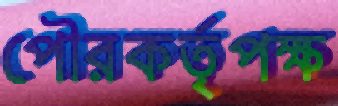
পৌরকর্তৃপক্ষ